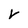
Character: V